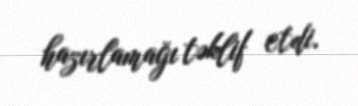
hazırlamağı təklif etdi.